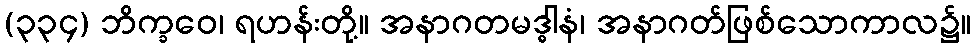
(၃၃၄) ဘိက္ခဝေ၊ ရဟန်းတို့။ အနာဂတမဒ္ဓါနံ၊ အနာဂတ်ဖြစ်သောကာလ၌။